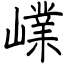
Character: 嶫